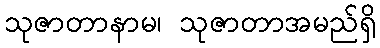
သုဇာတာနာမ၊ သုဇာတာအမည်ရှိ